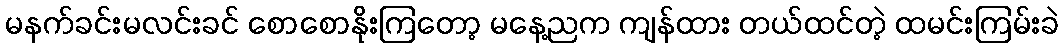
မနက်ခင်းမလင်းခင် စောစောနိုးကြတော့ မနေ့ညက ကျန်ထား တယ်ထင်တဲ့ ထမင်းကြမ်းခဲ